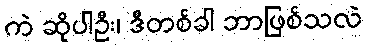
ကဲ ဆိုပါဦး၊ ဒီတစ်ခါ ဘာဖြစ်သလဲ